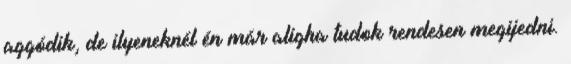
aggódik, de ilyeneknél én már aligha tudok rendesen megijedni.